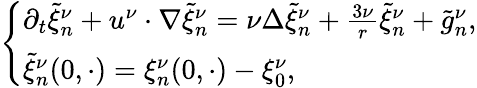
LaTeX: \begin{array}{r}{\left\{ \begin{array}{ll}{\partial_{t}\tilde{\xi}_{n}^{\nu}+u^{\nu}\cdot\nabla\tilde{\xi}_{n}^{\nu}=\nu\Delta\tilde{\xi}_{n}^{\nu}+\frac{3\nu}{r}\tilde{\xi}_{n}^{\nu}+\tilde{g}_{n}^{\nu},}\\ {\tilde{\xi}_{n}^{\nu}(0,\cdot)={\xi}_{n}^{\nu}(0,\cdot)-{\xi}_{0}^{\nu},}\end{array}\right.}\end{array}